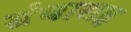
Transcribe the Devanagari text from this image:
ग्रंथासह